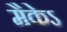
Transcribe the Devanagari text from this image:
मैकेऽ